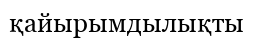
қайырымдылықты